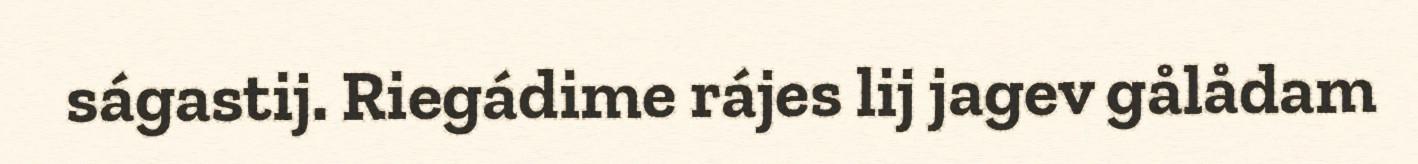
ságastij. Riegádime rájes lij jagev gålådam